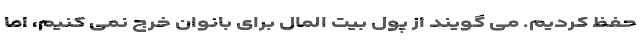
حفظ کردیم. می گویند از پول بیت المال برای بانوان خرج نمی کنیم، اما